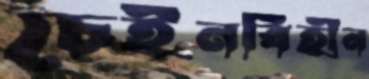
চেইনবিহীন